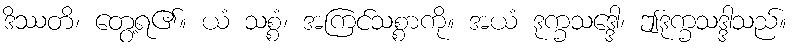
ဒိဿတိ၊ တွေ့ရ၏။ ယံ သစ္စံ၊ အကြင်သစ္စာကို။ အယံ ဒုက္ခသဒ္ဒေါ၊ ဤဒုက္ခသဒ္ဒါသည်။